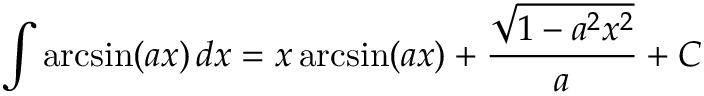
\int \arcsin ( a x ) \, d x = x \arcsin ( a x ) + { \frac { \sqrt { 1 - a ^ { 2 } x ^ { 2 } } } { a } } + C